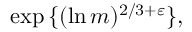
\exp { \{ ( \ln m ) ^ { 2 / 3 + \varepsilon } \} } ,